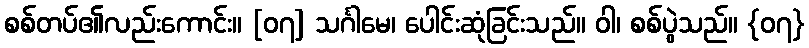
စစ်တပ်၏လည်းကောင်း။ [၀၇] သင်္ဂါမေ၊ ပေါင်းဆုံခြင်းသည်။ ဝါ၊ စစ်ပွဲသည်။ {၀၇}